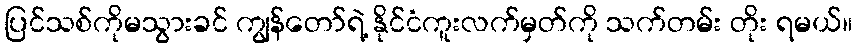
ပြင်သစ်ကိုမသွားခင် ကျွန်တော်ရဲ့ နိုင်ငံကူးလက်မှတ်ကို သက်တမ်း တိုး ရမယ်။